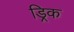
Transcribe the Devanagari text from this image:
ड्रिक